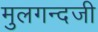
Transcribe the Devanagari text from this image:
मुलगन्दजी